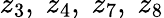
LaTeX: z_{3},\; z_{4},\; z_{7},\; z_{8}